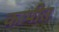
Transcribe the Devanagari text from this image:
कापीत